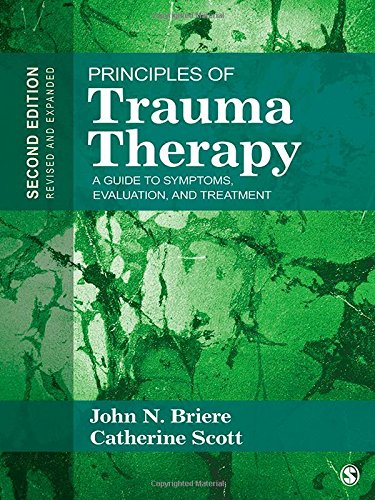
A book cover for Principles of Trauma Therapy: A Guide to Symptoms, Evaluation, and Treatment; John N. Briere; Medical Books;